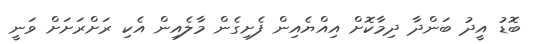
ބޮޑު އީދު ބަންދާ ދިމާކޮށް އިއްޔެއިން ފެށިގެން މާލެއިން އެކި ރަށްރަށަށް ވަނީ